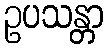
ဥပသန္တာ